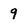
Character: 9